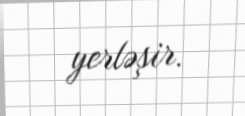
yerləşir.